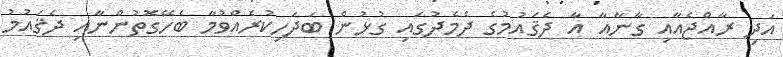
އަދި ރާއްޖެއާއި ގާނާއާ އާ ދެޤައުމުގެ ދެމެދުގައި ގުޅުން ބަދަހިކުރެއްވުމާ ބެހޭގޮތުންނާއި ދެޤައުމު